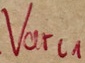
Text: Varl1